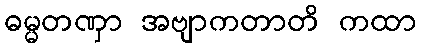
ဓမ္မတဏှာ အဗျာကတာတိ ကထာ